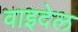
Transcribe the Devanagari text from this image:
वाइदेल